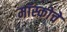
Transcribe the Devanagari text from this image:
मॉस्कोचे